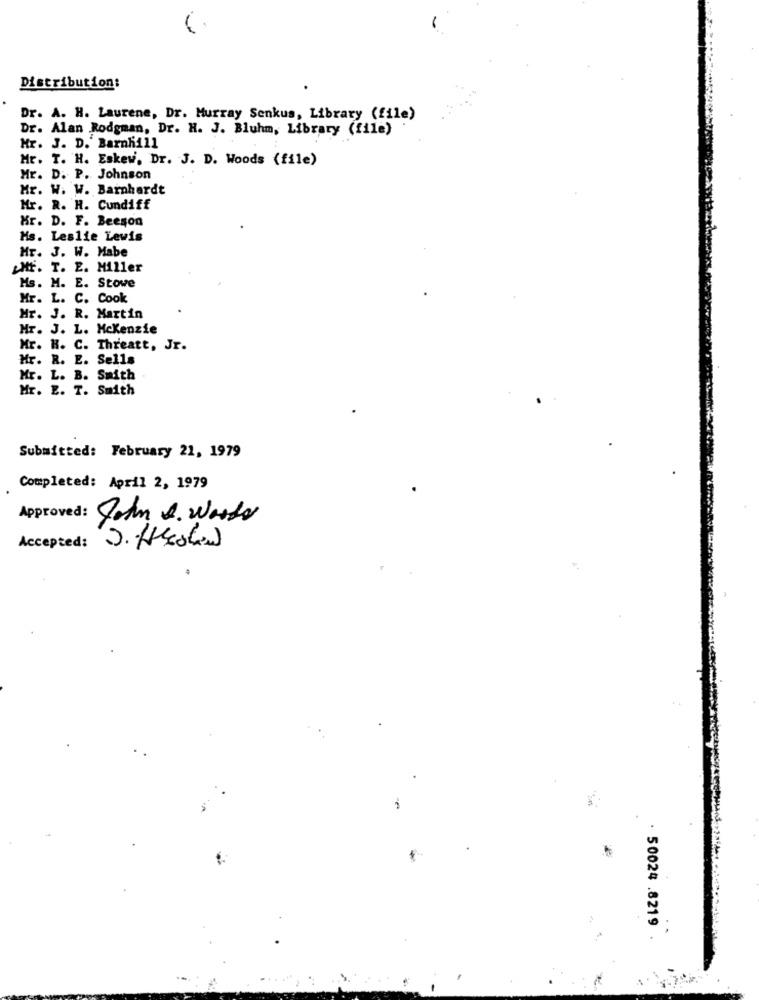
Distribution:
Dr. A. H. Laurene, Dr. Murray Senkus, Library (file)
Dr. Alan Rodgman, Dr. H. J. Bluhm, Library (file)
Mr. J. D. Barnhill
Mr. T. H. Eskew. Dr. J. D. Woods (file)
Mr. D. P. Johnson
Mr. W. W. Barnhardt
Mr. R. H. Cundiff
Hr. D. F. Beeson
Hs. Leslie Lewis
Hr. J. W. Mabe
LHF. T. E. Miller
Ms. M. E. Stowe
Mr. L. C. Cook
Mr. J. R. Martin
Mr. J. L. Mckenzie
Mr. H. C. Threatt, Jr.
Hr. R. E. Sells
Mr. L. B. Smith
Mr. E. T. Smith
Submitted: February 21, 1979
Completed: April 2, 1979
Approved: John A. Werder
Accepted: J. Hteshand
-
50024 .8219